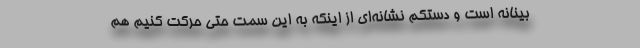
‌بینانه است و دستکم نشانه‌ای از اینکه به این سمت حتی حرکت کنیم هم